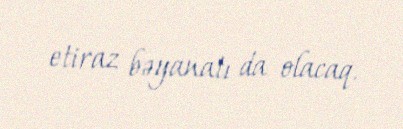
etiraz bəyanatı da olacaq.